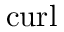
\mathrm { c u r l }